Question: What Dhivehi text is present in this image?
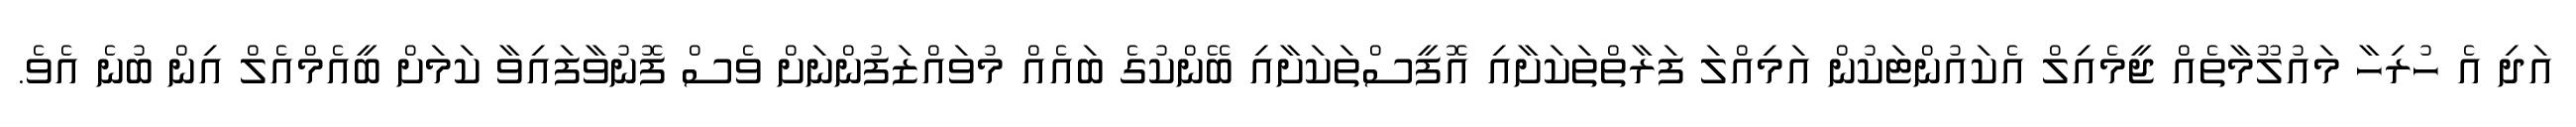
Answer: އަދި އެ ހުރިހާ މައުލޫމާތެއް ޖީމެއިލް އެކައުންޓަކުން އަމިއްލަ ފަރާތްތަކަށާއި އޮފީސްތަކަށާއި ބޭންކުގެ ބައެއް މުވައްޒަފުންނަށް ވެސް ފޮނުވާފައިވާ ކަމަށް ބީއެމްއެލް އިން ބުނެ އެވެ.